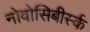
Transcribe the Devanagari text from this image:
नोवोसिबीर्स्क